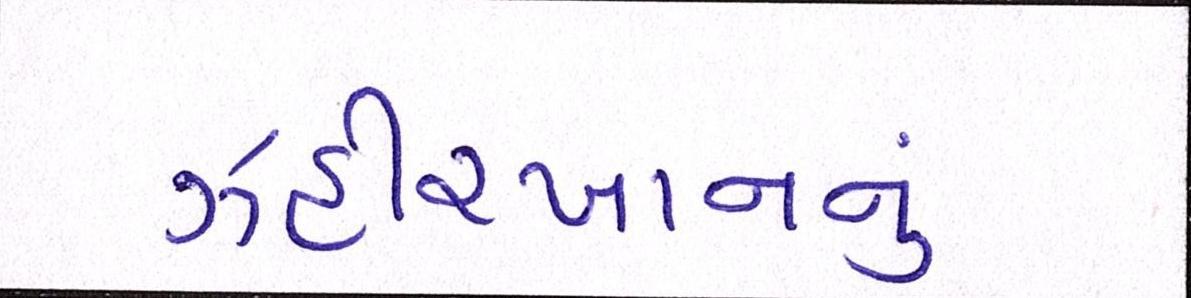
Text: ઝહીરખાનનું